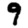
Digit: 9